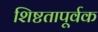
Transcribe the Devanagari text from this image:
शिष्टतापूर्वक